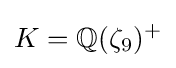
K=\mathbb {Q} (\zeta _{9})^{+}